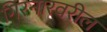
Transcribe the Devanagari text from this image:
गिरनारवरील